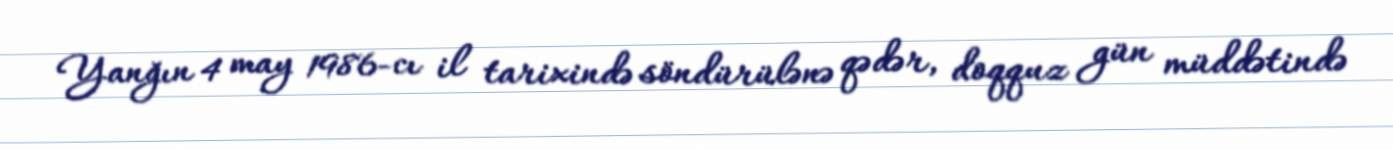
Yanğın 4 may 1986-cı il tarixində söndürülənə qədər, doqquz gün müddətində